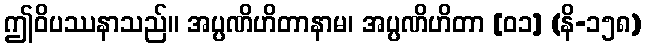
ဤဝိပဿနာသည်။ အပ္ပဏိဟိတာနာမ၊ အပ္ပဏိဟိတာ [၀၁] (နိ-၁၅၈)